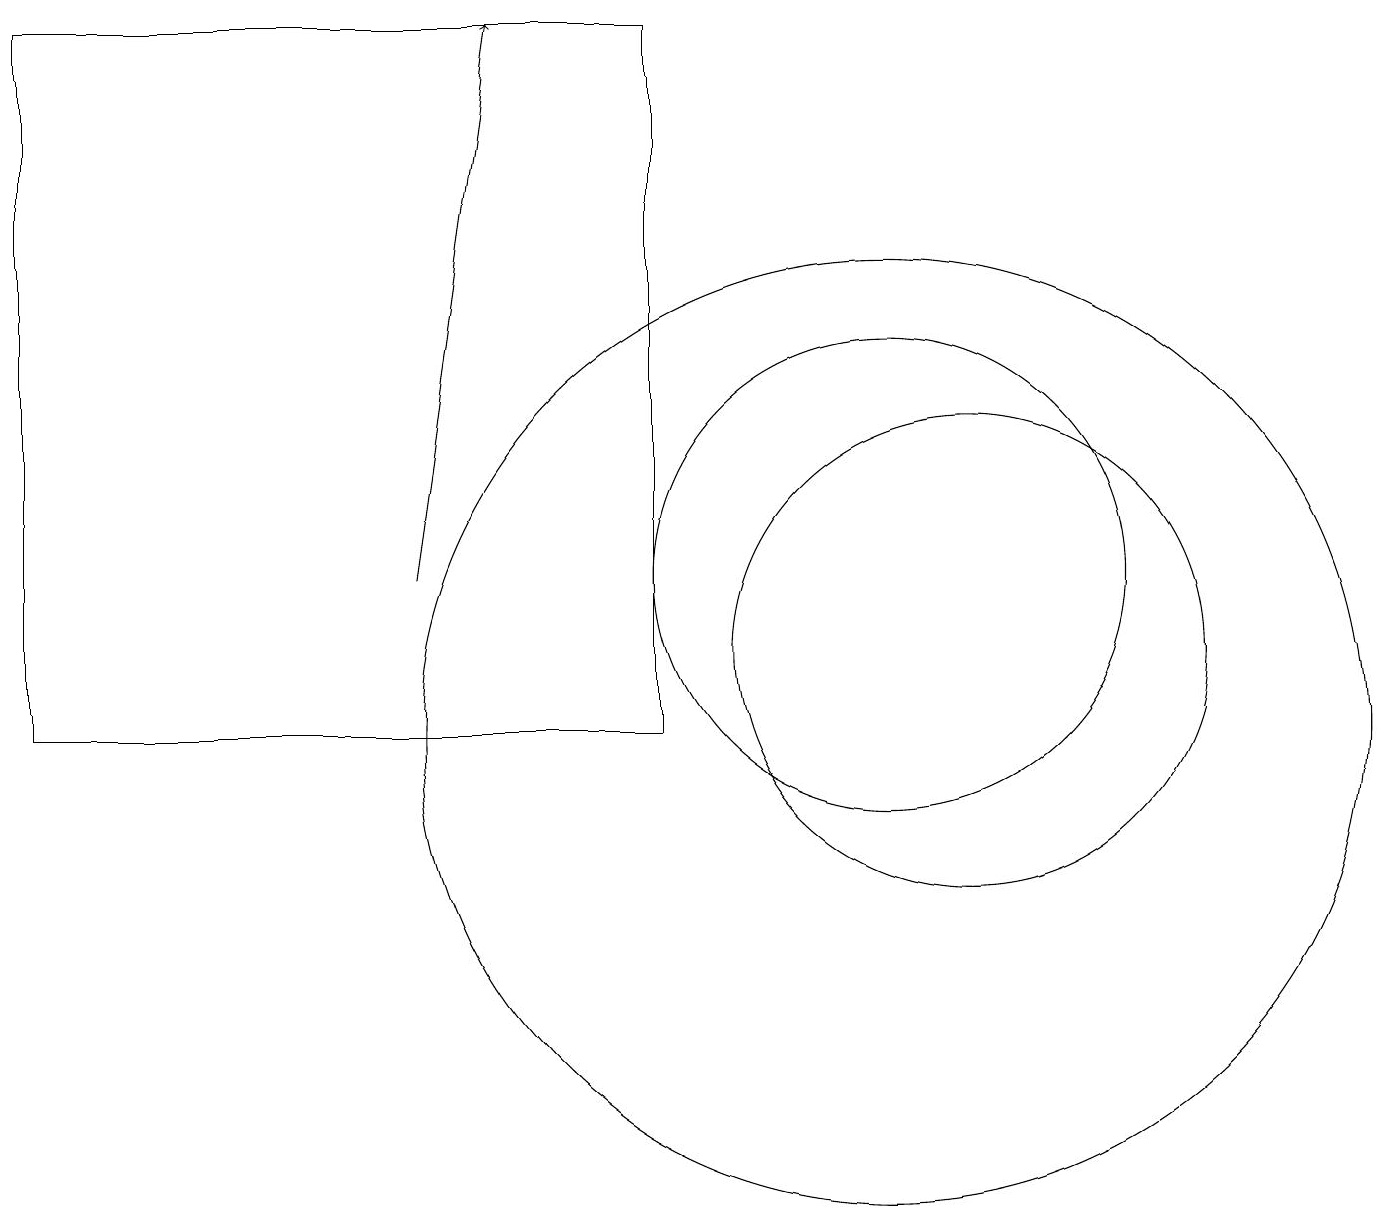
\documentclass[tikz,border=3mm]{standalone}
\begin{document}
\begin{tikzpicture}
\draw (11,10) circle (6);
\draw (12,11) circle (3);
\draw[->] (5,12) -- (6,19);
\draw (11,12) circle (3);
\draw (8,10) rectangle (0,19);
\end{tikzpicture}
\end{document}